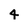
Character: 4